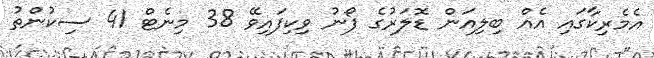
އެމެރިކާގައި އެއް ބިލިއަން ޑޮލަރުގެ ފޯނު ވިކިފައިވޭ 38 މިނެޓް 41 ސިކުންތު